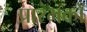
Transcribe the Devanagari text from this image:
प्रारंभकों